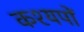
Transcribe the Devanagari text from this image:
कश्यपों